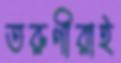
তরুণীরাই